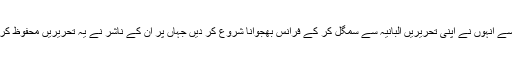
اور پھر 1986 سے انہوں نے اپنی تحریریں البانیہ سے سمگل کر کے فرانس بھجوانا شروع کر دیں جہاں پر اُن کے ناشر نے یہ تحریریں محفوظ کرنا شروع کر دیں۔